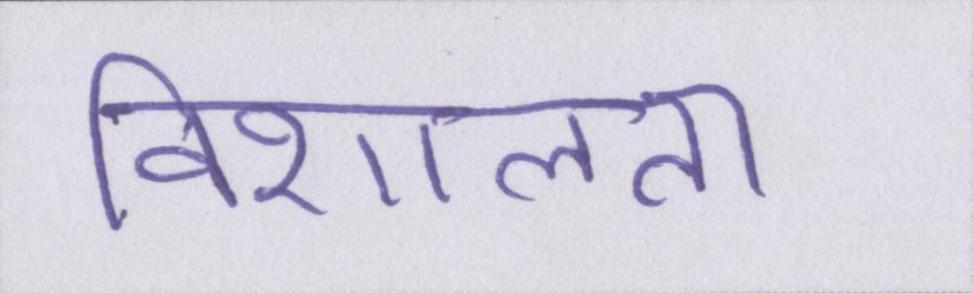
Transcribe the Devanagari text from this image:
विशालता